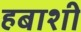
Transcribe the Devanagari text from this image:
हबाशी